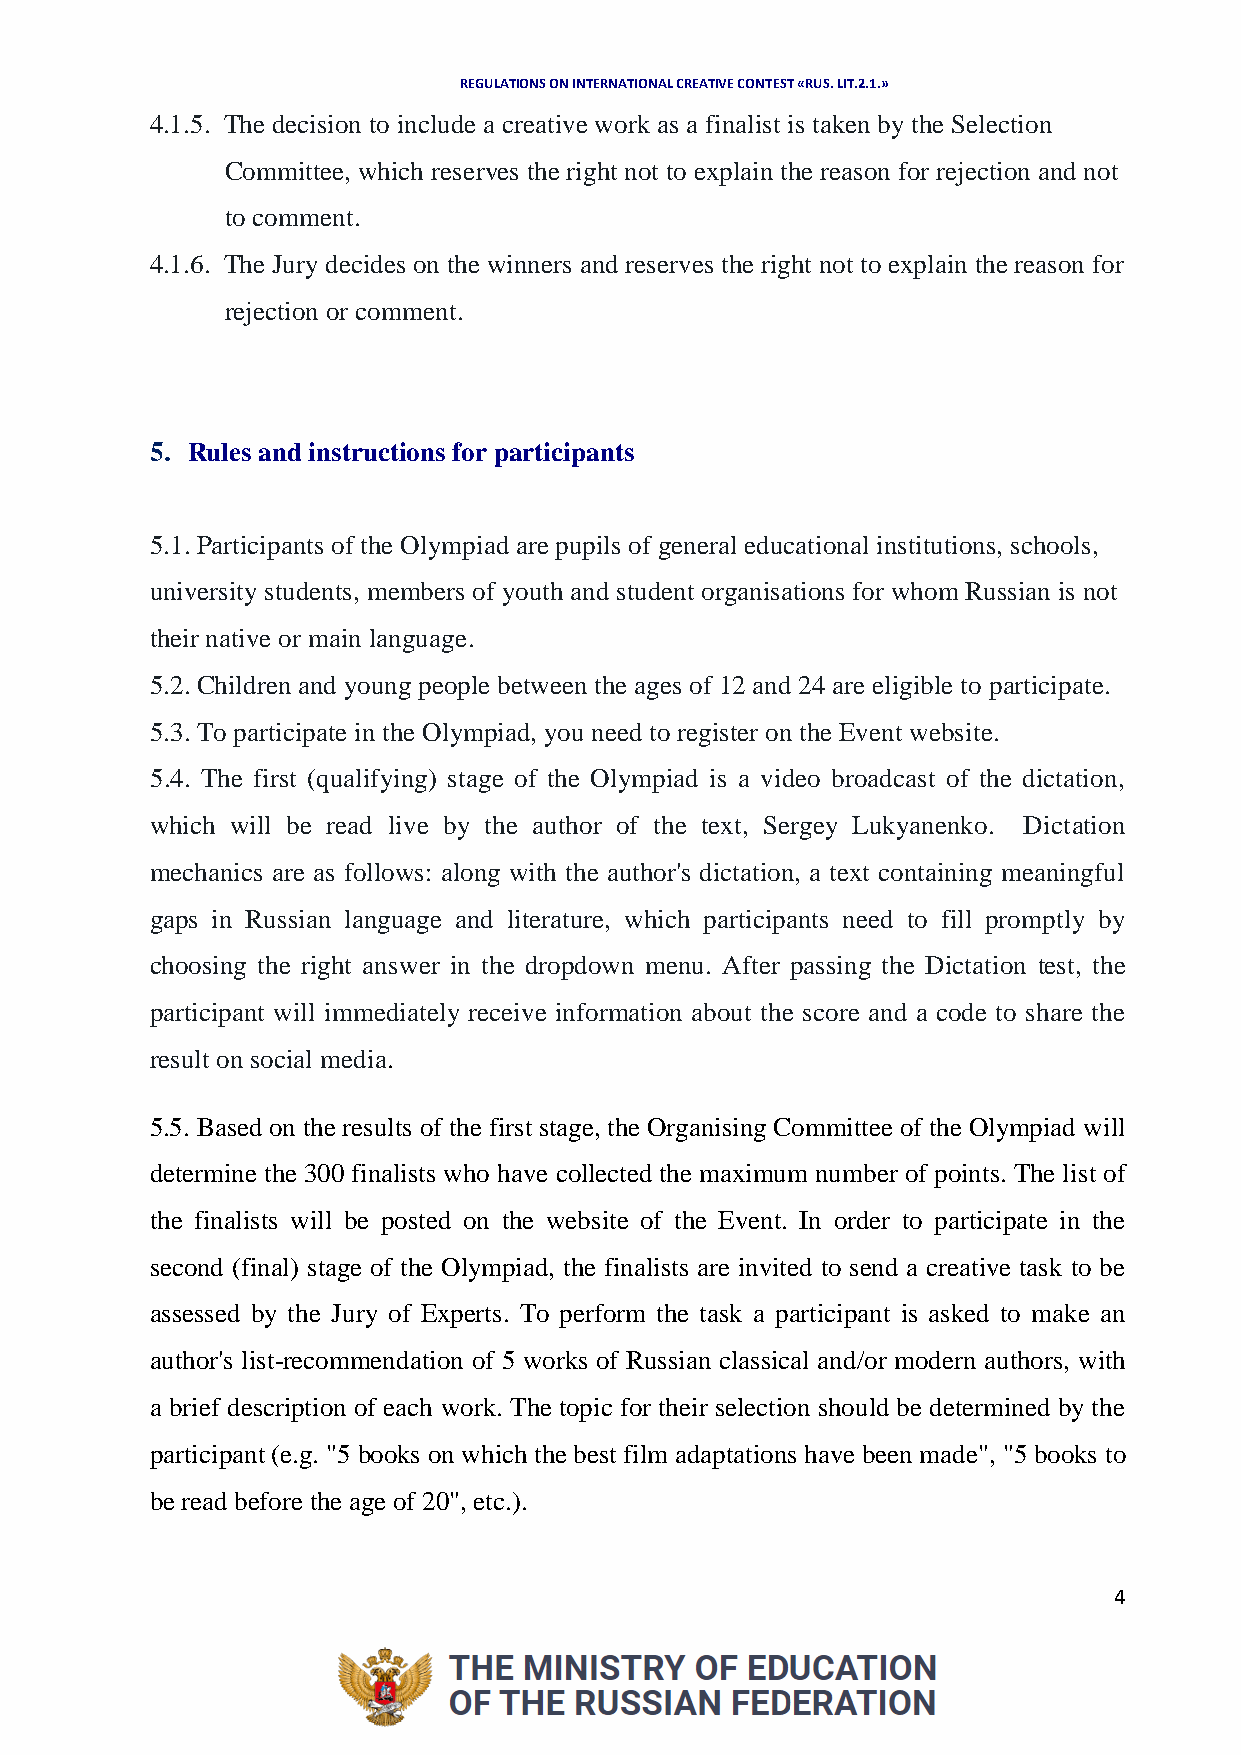
REGULATIONS ON INTERNATIONAL CREATIVE CONTEST «RUS. LIT.2.1.»
 4.1.5. The decision to include a creative work as a finalist is taken by the Selection
 Committee, which reserves the right not to explain the reason for rejection and not
 to comment.
 4.1.6. The Jury decides on the winners and reserves the right not to explain the reason for
 rejection or comment.
 5. Rules and instructions for participants
 5.1. Participants of the Olympiad are pupils of general educational institutions, schools,
 university students, members of youth and student organisations for whom Russian is not
 their native or main language.
 5.2. Children and young people between the ages of 12 and 24 are eligible to participate.
 5.3. To participate in the Olympiad, you need to register on the Event website.
 5.4. The first (qualifying) stage of the Olympiad is a video broadcast of the dictation,
 which will be read live by the author of the text, Sergey Lukyanenko. Dictation
 mechanics are as follows: along with the author's dictation, a text containing meaningful
 gaps in Russian language and literature, which participants need to fill promptly by
 choosing the right answer in the dropdown menu. After passing the Dictation test, the
 participant will immediately receive information about the score and a code to share the
 result on social media.
 5.5. Based on the results of the first stage, the Organising Committee of the Olympiad will
 determine the 300 finalists who have collected the maximum number of points. The list of
 the finalists will be posted on the website of the Event. In order to participate in the
 second (final) stage of the Olympiad, the finalists are invited to send a creative task to be
 assessed by the Jury of Experts. To perform the task a participant is asked to make an
 author's list-recommendation of 5 works of Russian classical and/or modern authors, with
 a brief description of each work. The topic for their selection should be determined by the
 participant (e.g. "5 books on which the best film adaptations have been made", "5 books to
 be read before the age of 20", etc.).
 4